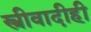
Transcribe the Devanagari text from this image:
स्त्रीवादीही